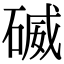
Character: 𥔃